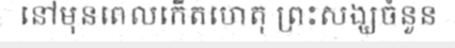
នៅមុនពេលកើតហេតុ ព្រះសង្ឃចំនួន